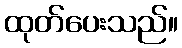
ထုတ်ပေးသည်။